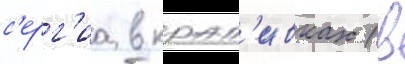
с'ерг'иа в крап'ивках (в